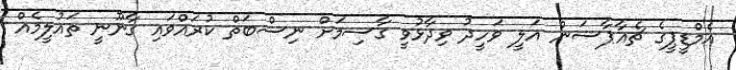
އެމްޑީޕީގެ ޗެއާޕާސަން އަލީ ވަހީދު ވިދާޅުވީ ގާސިމަށް ނިސްބަތް ކުރައްވައި ގާނޫނީ ތައުލީމެއް